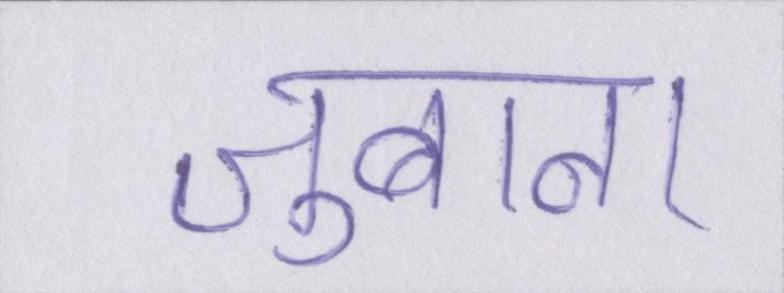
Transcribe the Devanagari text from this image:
जुबान।